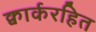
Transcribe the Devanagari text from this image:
क्वार्करहित